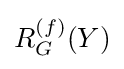
R_{G}^{(f)}(Y)